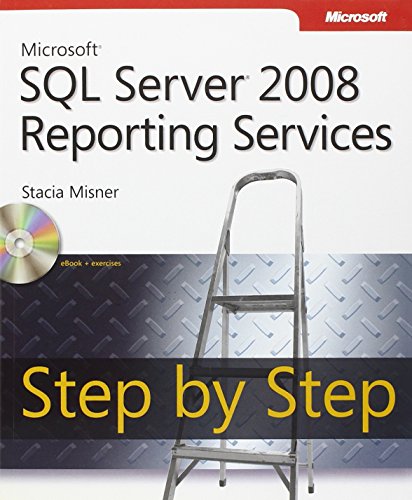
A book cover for Microsoft SQL Server 2008 Reporting Services Step by Step (Step by Step Developer); Stacia Misner; Computers & Technology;